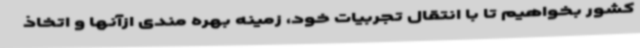
کشور بخواهیم تا با انتقال تجربیات خود، زمینه بهره مندی ازآنها و اتخاذ